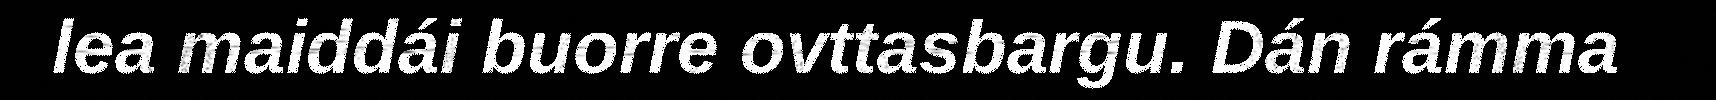
lea maiddái buorre ovttasbargu. Dán rámma